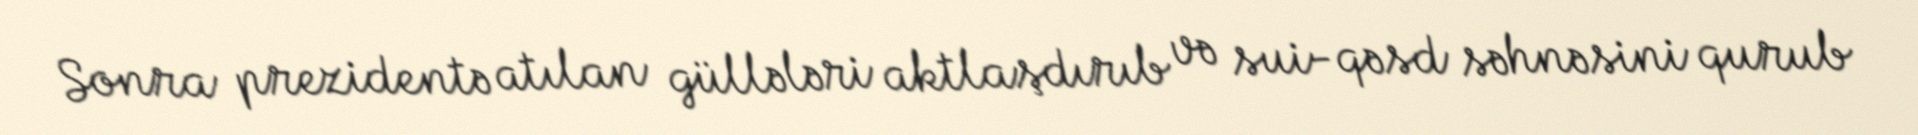
Sonra prezidentə atılan güllələri aktlaşdırıb və sui-qəsd səhnəsini qurub